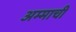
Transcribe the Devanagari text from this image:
अम्माची